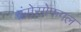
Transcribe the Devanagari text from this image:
त्रंसेसोफगल